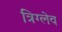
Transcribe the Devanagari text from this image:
त्रिग्लेव